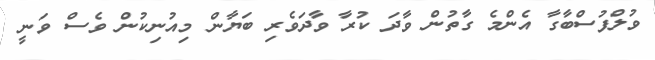
ވުލްފުސްބާގާ އެންމެ ގާތުން ވާދަ ކުރާ ވާދަވެރި ބަޔާން މިއުނިކުން ވެސް ވަނީ